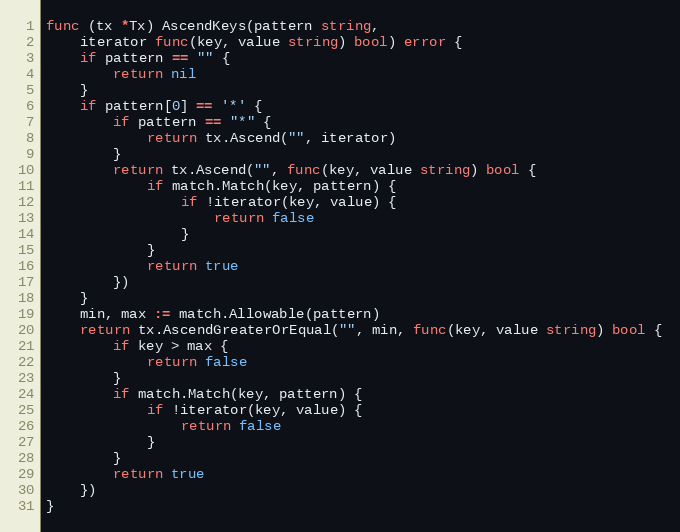
Language: Go
func (tx *Tx) AscendKeys(pattern string,
	iterator func(key, value string) bool) error {
	if pattern == "" {
		return nil
	}
	if pattern[0] == '*' {
		if pattern == "*" {
			return tx.Ascend("", iterator)
		}
		return tx.Ascend("", func(key, value string) bool {
			if match.Match(key, pattern) {
				if !iterator(key, value) {
					return false
				}
			}
			return true
		})
	}
	min, max := match.Allowable(pattern)
	return tx.AscendGreaterOrEqual("", min, func(key, value string) bool {
		if key > max {
			return false
		}
		if match.Match(key, pattern) {
			if !iterator(key, value) {
				return false
			}
		}
		return true
	})
}